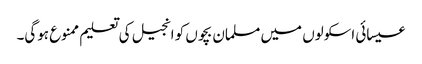
عیسائی اسکولوں میں مسلمان بچوں کو انجیل کی تعلیم ممنوع ہوگی۔